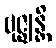
ဗုဇ္ဈန္တိ